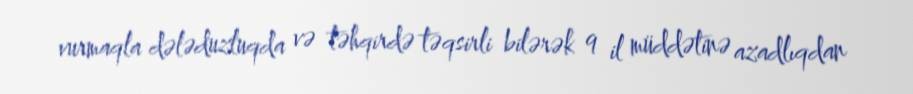
vurmaqla dələduzluqda və təhqirdə təqsirli bilərək 9 il müddətinə azadlıqdan